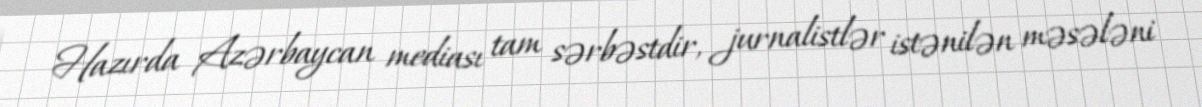
Hazırda Azərbaycan mediası tam sərbəstdir, jurnalistlər istənilən məsələni